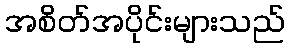
အစိတ်အပိုင်းများသည်